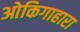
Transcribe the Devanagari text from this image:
ओकिगाहारा